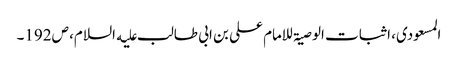
المسعودی، اثبات الوصیۃ للامام علی بن ابی طالب علیه السلام، ص192۔